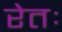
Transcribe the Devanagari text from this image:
रेतः